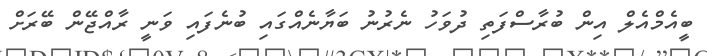
ބީއެމްއެލް އިން ބުރާސްފަތި ދުވަހު ނެރުނު ބަޔާނެއްގައި ބުނެފައި ވަނީ ރާއްޖޭން ބޭރަށް